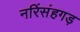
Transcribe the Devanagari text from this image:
नरिंसंहगड़